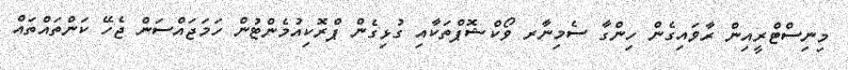
މިނިސްޓްރީއިން ރާވައިގެން ހިންގާ ސެމިނާރ ވޯކްޝޮޕްތަކާއި ގުޅިގެން ޕްރޮކިއުމެންޓުން ހަމަޖައްސަން ޖެހޭ ކަންތައްތައް